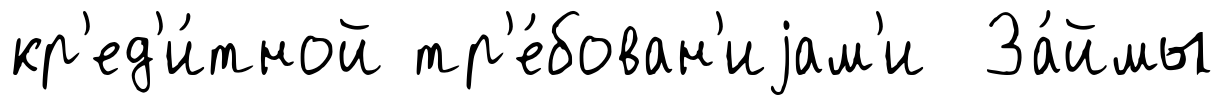
кр'ед'и́тной тр'е́бован'иjам'и За́ймы